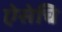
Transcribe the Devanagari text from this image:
ऐसेचि